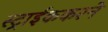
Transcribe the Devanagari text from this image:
स्ट्राईककरने